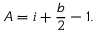
A = i + { \frac { b } { 2 } } - 1 .